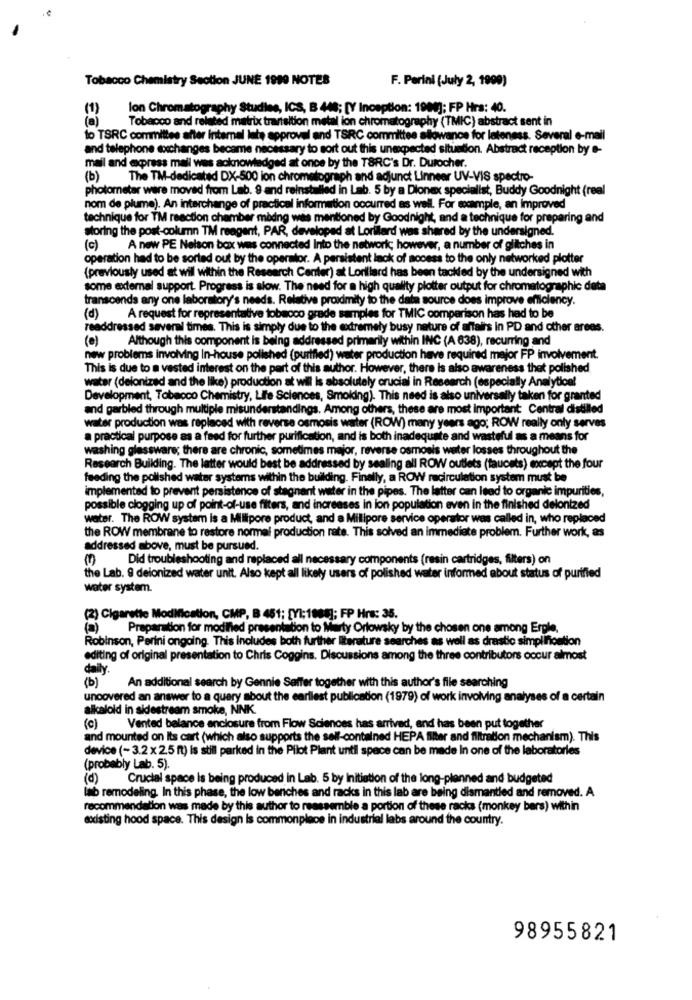
Tobacco Chemistry Section JUNE 1999 NOTES
F. Perini (July 2, 1990)
(1)
lon Chromatography Studies, ICS, B 448; [Y Inception: 1909]; FP Hrs: 40.
(a)
Tobacco and related matrix transition metal ion chromatography (TMIC) abstract sent in
to TSRC committee after intemel lete approvel and TSRC committee allowance for lateness. Several e-mail
and telephone exchanges became necessary to sort out this unexpected situation. Abstract reception by e-
mail and express mail wes acknowledged at once by the TSRC's Dr. Durocher.
(b)
The TM-dedicated DX-500 ion chromatograph and adjunct Linneer UV-VIS spectro-
photometer were moved from Lab. 9 and reinstalled in Lab. 5 by a Dionex specialist, Buddy Goodnight (real
nom de plume). An interchange of practical information occurred as well. For example, an improved
technique for TM reaction chamber modng was mentioned by Goodnight, and a technique for preparing and
storing the post-column TM reagent, PAR, developed at Lorillard was shared by the undersigned.
(c)
A new PE Nelson bax was connected Into the networkc however, a number of glitches in
operation had to be sorted out by the operator. A persistent lack of mocess to the only networked plotter
(previously used at will within the Research Center) at Lorillard has been tackled by the undersigned with
some external support. Progress is slow. The need for a high quality plotter output for chromatographic data
transcends any one laboratory's needs. Relative proximity to the data source does improve efficiency.
(d)
A request for representative tobacco grade samples for TMIC comparison has had to be
readdressed several times. This is simply due to the extremely busy nature of affairs in PD and other areas.
(0)
Although this component is being addressed primarily within INC (A 638), recurring and
new problems involving In-house polished (purified) weiter production have required mejor FP involvement.
This is due to a vested interest on the part of this author. However, there is also awareness that polished
water (deionized and the like) production at wil is absolutely crucial in Research (especially Analytical
Development, Tobacco Chemistry, Life Sciences, Smoking). This need is also universally taken for granted
and garbled through multiple misunderstandings. Among others, these are most important Central distilled
water production was replaced with reverse osmosis water (ROW) many years ago; ROW really only serves
a practical purpose as a feed for further purification, and is both inadequate and wasteful as a means for
washing glassware; there are chronic, sometimes major, reverse osmosis weiter losses throughout the
Research Building. The latter would best be addressed by sealing all ROW outlets (faucets) except the four
feeding the polished water systems within the building. Finally, a ROW recirculation system must be
implemented to prevent persistence of stagnant wester in the pipes. The latter can lead to organic impurities,
possible clogging up of point-of-use filters, and increases in ion population even in the finished deionized
water. The ROW system is a Millipore product, and a Milipore service operator was called in, who replaced
the ROW membrane to restore normal production rate. This solved an immediate problem. Further work, as
addressed above, must be pursued.
Did troubleshooting and replaced all necessary components (resin cartridges, filters) on
the Lab. @ deionized water unit. Also kept all likely users of polished water informed about status of purified
water system.
(2) Cigarette Modification, CMP, B 451; [YI;1088]; FP Hrs: 35.
(a) Preparation for modified presentation to Marty Orlowsky by the chosen one among Ergle,
Robinson, Perini ongoing. This includes both further literature searches as well as drastic simplification
editing of original presentation to Chris Coggins. Discussions among the three contributors occur almost
daily.
(b )
An additional search by Gennie Saffer together with this author's file searching
uncovered an answer to a query about the earliest publication (1979) of work involving analyses of a certain
alkaloid in sidestream smoke, NNK.
(c)
Vented balance enclosure from Flow Sciences has arrived, and has been put together
and mounted on Its cart (which also supports the self-contained HEPA filter and filtration mechanism). This
device (-3.2 x 2.5 ft) is still parked in the Pilot Plant until space can be made In one of the laboratories
(probably Lab. 5).
(d)
Crucial space is being produced in Lab. 5 by Initiation of the long-planned and budgeted
lab remodeling. In this phase, the low benches and racks in this lab are being dismantled and removed. A
recommendation was made by this author to reassemble a portion of these racks (monkey bers) within
existing hood space. This design is commonplace in industrial labs around the country.
98955821